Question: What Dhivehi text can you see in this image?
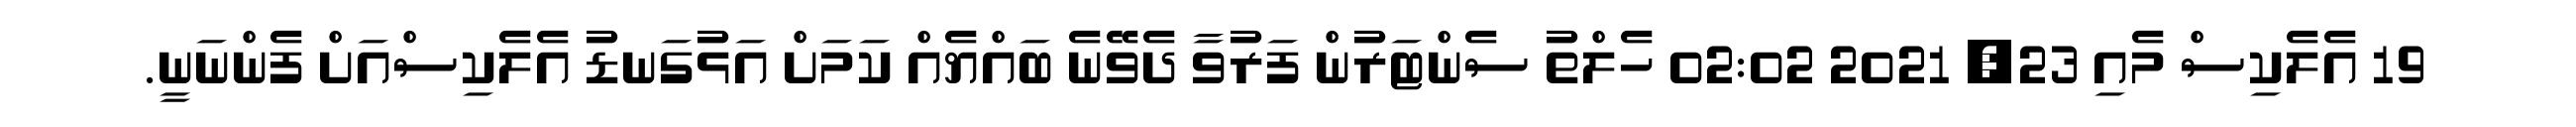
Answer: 19 އެލެކިސް މެއި 23, 2021 02:02 ހެލްތު ސެންޓަރުން ފަރުވާ ދެވޭނެ ބައްޔެއް ކަމަށް އަޅުގަނޑު އެލެކިސްއަށް ފެންނަނީ.